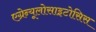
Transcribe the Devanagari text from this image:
एग्रेन्यूलोसाइटोसिस